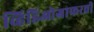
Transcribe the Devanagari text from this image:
व्हिडिओग्राफरची